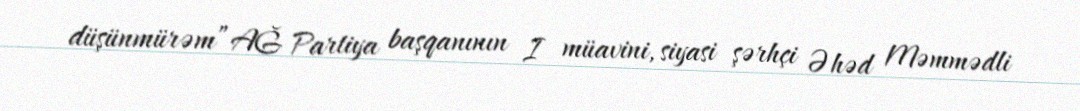
düşünmürəm”AĞ Partiya başqanının I müavini, siyasi şərhçi Əhəd Məmmədli